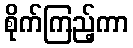
စိုက်ကြည့်ကာ